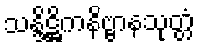
သန္ဒိဋ္ဌိကနိဗ္ဗာနသုတ္တံ